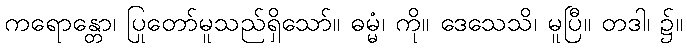
ကရောန္တော၊ ပြုတော်မူသည်ရှိသော်။ ဓမ္မံ၊ ကို။ ဒေသေသိ၊ မူပြီ။ တဒါ၊ ၌။